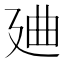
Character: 𱝒